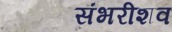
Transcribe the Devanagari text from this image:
संभरीशव